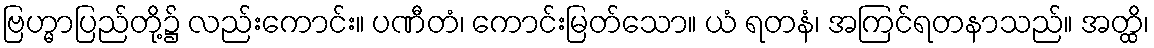
ဗြဟ္မာပြည်တို့၌ လည်းကောင်း။ ပဏီတံ၊ ကောင်းမြတ်သော။ ယံ ရတနံ၊ အကြင်ရတနာသည်။ အတ္ထိ၊